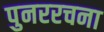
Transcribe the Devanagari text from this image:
पुनररचना